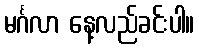
မင်္ဂလာ နေ့လည်ခင်းပါ။